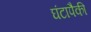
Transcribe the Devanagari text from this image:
घंटापैकी